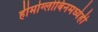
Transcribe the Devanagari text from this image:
हीमोग्लोबिनमध्येही